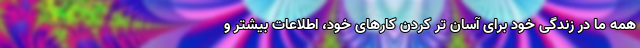
همه ما در زندگی خود برای آسان تر کردن کارهای خود، اطلاعات بیشتر و